Civil Veterinary Department Bihar & Orissa reports 1922-29 - 1922-1929
Year: 1922
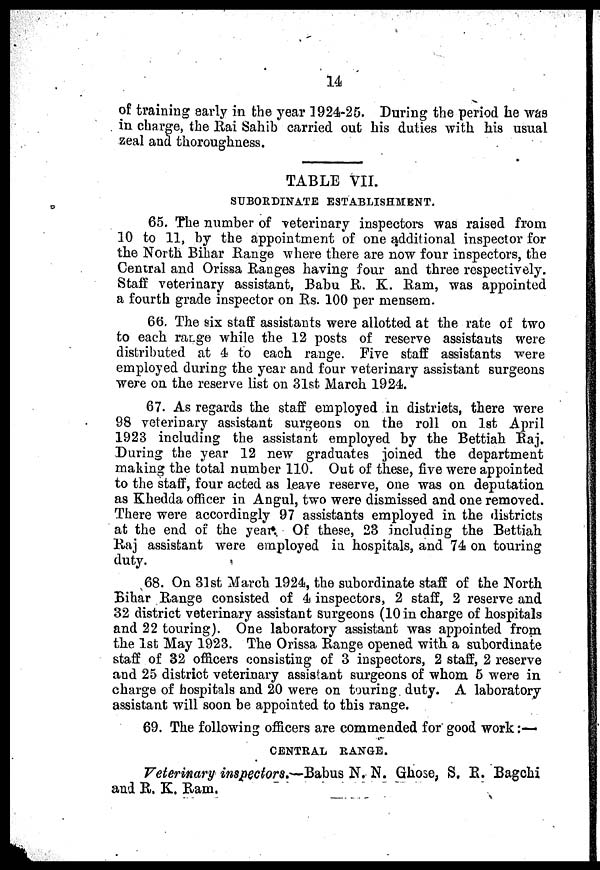
14
of training early in the year] 924-25. During the period he was
in charge, the Rai Sahib carried out his duties with his usual
zeal and thoroughness.
TABLE VII.
SUBORDINATE ESTABLISHMENT.
65. The number of veterinary inspectors was raised from
10 to 11, by the appointment of one additional inspector for
the North Bihar Range where there are now four inspectors, the
Central and Orissa Ranges having four and three respectively.
Staff veterinary assistant, Babu R. K. Ram, was appointed
a fourth grade inspector on Rs. 100 per mensem.
66. The six staff assistants were allotted at the rate of two
to each range while the 12 posts of reserve assistants were
distributed at 4 to each range. Five staff assistants were
employed during the year and four veterinary assistant surgeons
were on the reserve list on 31st March 1924.
67. As regards the staff employed in districts, there were
98 veterinary assistant surgeons on the roll on 1st April
1923 including the assistant employed by the Bettiah Raj.
During the year 12 new graduates joined the department
making the total number 110. Out of these, five were appointed
to the staff, four acted as leave reserve, one was on deputation
as Khedda officer in Angul, two were dismissed and one removed.
There were accordingly 97 assistants employed in the districts
at the end of the year Of these, 23 including the Bettiah
Raj assistant were employed in hospitals, and 74 on touring
duty.
68. On 31st March 1924, the subordinate staff of the North
Bihar Range consisted of 4 inspectors, 2 staff, 2 reserve and
32 district veterinary assistant surgeons (10 in charge of hospitals
and 22 touring). One laboratory assistant was appointed from
the 1st May 1923. The Orissa Range opened with a subordinate
staff of 32 officers consisting of 3 inspectors, 2 staff, 2 reserve
and 25 district veterinary assistant surgeons of whom 5 were in
charge of hospitals and 20 were on touring duty. A laboratory
assistant will soon be appointed to this range.
69. The following officers are commended for good work :—
CENTRAL RANGE.
Veterinary inspectors.—Babus N. N. Ghose, S. R. Bagchi
and R. K. Ram.